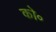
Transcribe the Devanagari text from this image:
को॰